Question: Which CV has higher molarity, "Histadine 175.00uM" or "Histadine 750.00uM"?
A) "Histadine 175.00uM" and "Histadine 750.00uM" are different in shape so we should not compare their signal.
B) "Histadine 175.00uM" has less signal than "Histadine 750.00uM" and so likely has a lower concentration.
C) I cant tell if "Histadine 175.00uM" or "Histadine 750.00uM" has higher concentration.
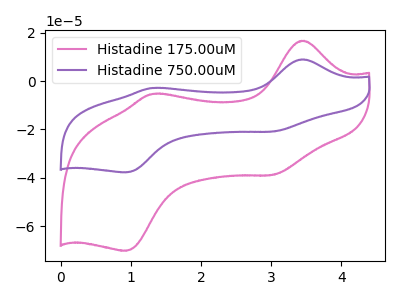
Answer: <think>The pink curve "Histadine 175.00uM" has anodic peaks at (3.45V, 16.75uA) (1.30V, -5.25uA) and cathodic peaks at (3.00V, -38.80uA) (0.95V, -70.25uA). The purple curve "Histadine 750.00uM" has anodic peaks at (3.45V, 9.00uA) (1.30V, -2.85uA) and cathodic peaks at (3.00V, -20.85uA) (0.95V, -37.75uA).
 All the peaks in "Histadine 175.00uM" have a peak in "Histadine 750.00uM" at the same potential.</think>
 <answer>C) I cant tell if "Histadine 175.00uM" or "Histadine 750.00uM" has higher concentration.</answer>
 <eval>C</eval>